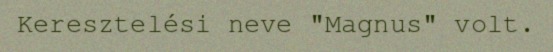
Keresztelési neve "Magnus" volt.